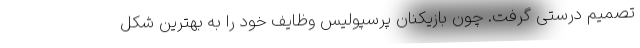
تصمیم درستی گرفت. چون بازیکنان پرسپولیس وظایف خود را به بهترین شکل